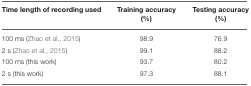
| Time length of recording used | Training accuracy (%) | Testing accuracy (%) |
 | --- | --- | --- |
 | 100 ms (Zhao et al., 2015) | 98.9 | 76.9 |
 | 2 s (Zhao et al., 2015) | 99.1 | 88.2 |
 | 100 ms (this work) | 93.7 | 80.2 |
 | 2 s (this work) | 97.3 | 88.1 |